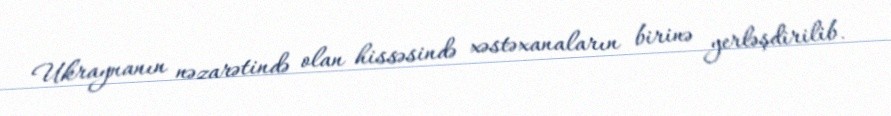
Ukraynanın nəzarətində olan hissəsində xəstəxanaların birinə yerləşdirilib.